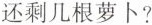
还剩几根萝卜?